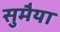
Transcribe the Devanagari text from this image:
सुमैया